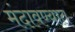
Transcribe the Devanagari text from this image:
मंदावण्यात